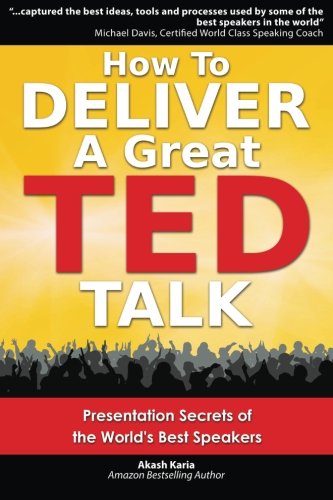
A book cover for How to Deliver a Great TED Talk: Presentation Secrets of the World's Best Speakers; Akash Karia; Reference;